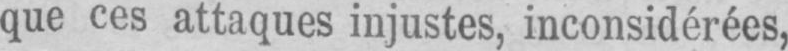
que ces attaques injustes, inconsidérées,